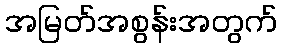
အမြတ်အစွန်းအတွက်